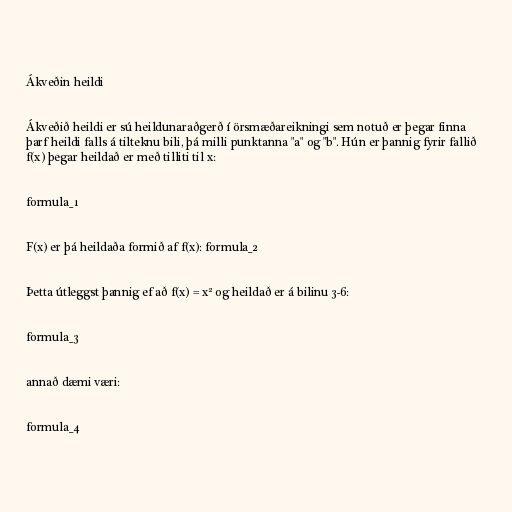
Ákveðin heildi

Ákveðið heildi er sú heildunaraðgerð í örsmæðareikningi sem notuð er þegar finna
þarf heildi falls á tilteknu bili, þá milli punktanna "a" og "b". Hún er þannig fyrir fallið
f(x) þegar heildað er með tilliti til x:

formula_1

F(x) er þá heildaða formið af f(x): formula_2

Þetta útleggst þannig ef að f(x) = x² og heildað er á bilinu 3-6:

formula_3

annað dæmi væri:

formula_4